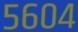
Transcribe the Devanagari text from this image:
५६०४